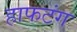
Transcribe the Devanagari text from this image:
हाफटंग